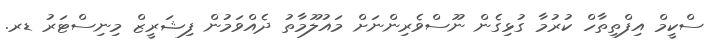
ސްކީމް އިފްތިތާހް ކުރުމާ ގުޅިގެން ނޫސްވެރިންނަށް މައުލޫމާތު ދެއްވަމުން ފިޝަރީޒް މިނިސްޓަރު ޑރ.